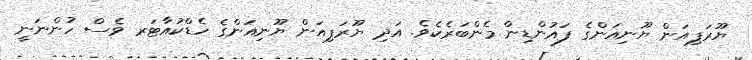
ޔޫރަޕިއަން ޔޫނިއަންގެ ފައުންޑިން މެންބަރެކެވެ. އަދި ޔޫރަޕިއަން ޔޫނިއަންގެ ހެޑްކުއާޓަރ ވެސް ހުންނަނީ